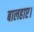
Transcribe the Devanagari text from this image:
बालहाए।